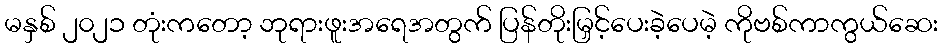
မနှစ် ၂၀၂၁ တုံးကတော့ ဘုရားဖူးအရေအတွက် ပြန်တိုးမြှင့်ပေးခဲ့ပေမဲ့ ကိုဗစ်ကာကွယ်ဆေး